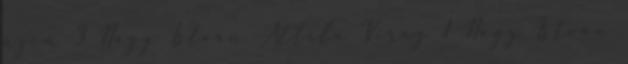
üzen 3 Nagy István Attila Virág 1 Nagy István